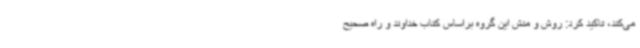
می‌کند، تاکید کرد: روش و منش این گروه براساس کتاب خداوند و راه صحیح